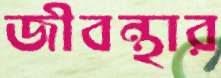
জীবন্থার